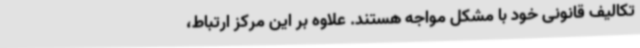
تکالیف قانونی خود با مشکل مواجه هستند. علاوه‌ بر این مرکز ارتباط،